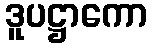
ဒူပဋ္ဌာကော